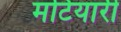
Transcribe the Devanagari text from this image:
मटियारी